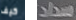
كيف سداد